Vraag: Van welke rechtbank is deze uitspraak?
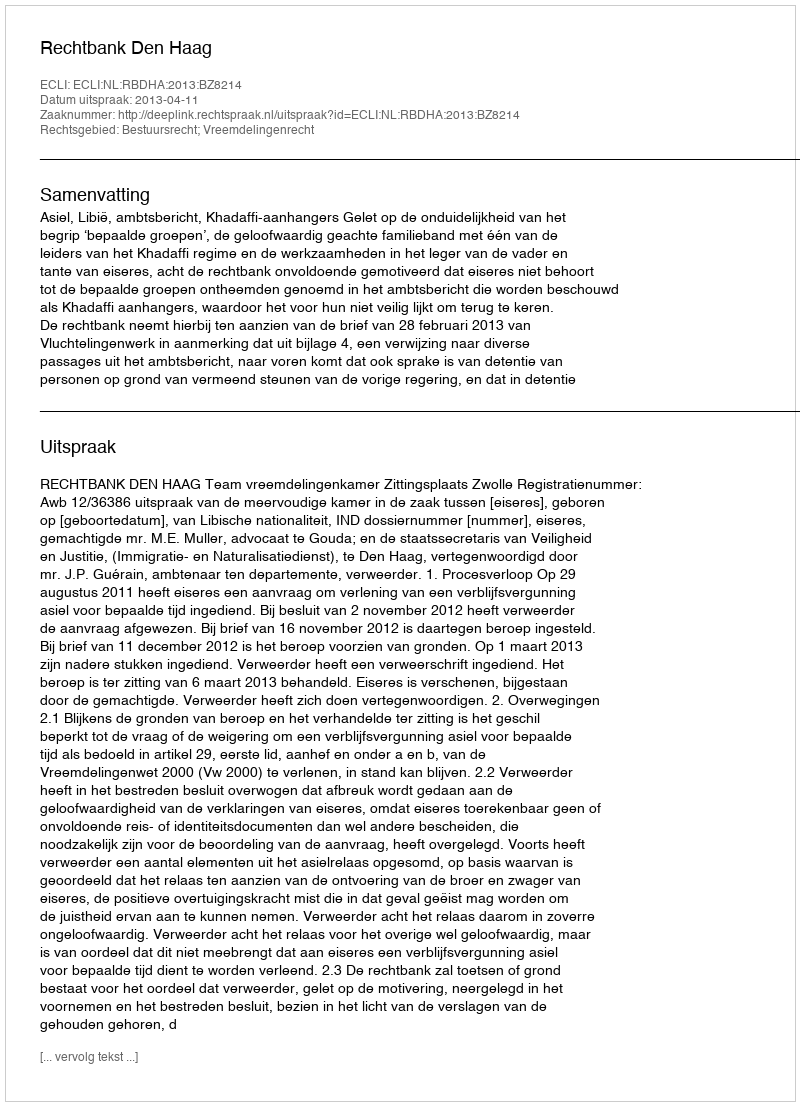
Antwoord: Rechtbank Den Haag